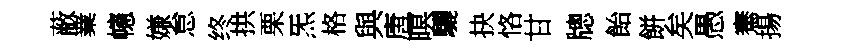
蔽嶪幰嫌怠终拱栗炁格與唐暝驪抉恪甘牕飴餅矣愚騫揚